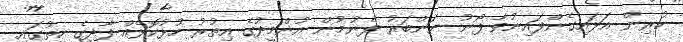
ކުރިން އަޅައިގެންފައިނުވާ ފޯނު ނަންބަރު ފެނުމުން އުންމީދުގެ އިތުރު ހުޅުކޮޅެއް ފާދީގެ ހިތުގައި